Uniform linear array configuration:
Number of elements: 16
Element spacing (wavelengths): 0.5
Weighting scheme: hamming
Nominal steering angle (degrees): -45
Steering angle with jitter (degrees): -43.76
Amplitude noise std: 0.05
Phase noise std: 0.05

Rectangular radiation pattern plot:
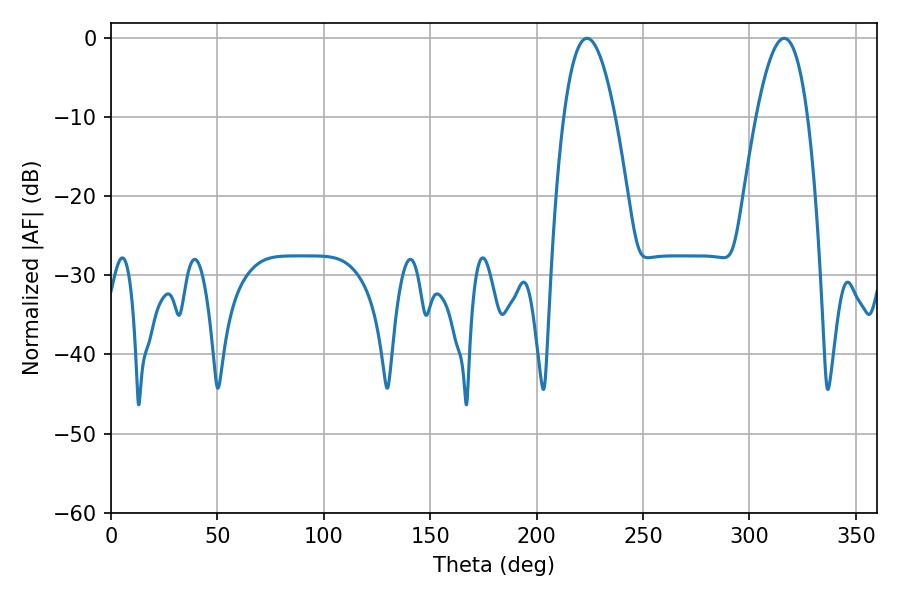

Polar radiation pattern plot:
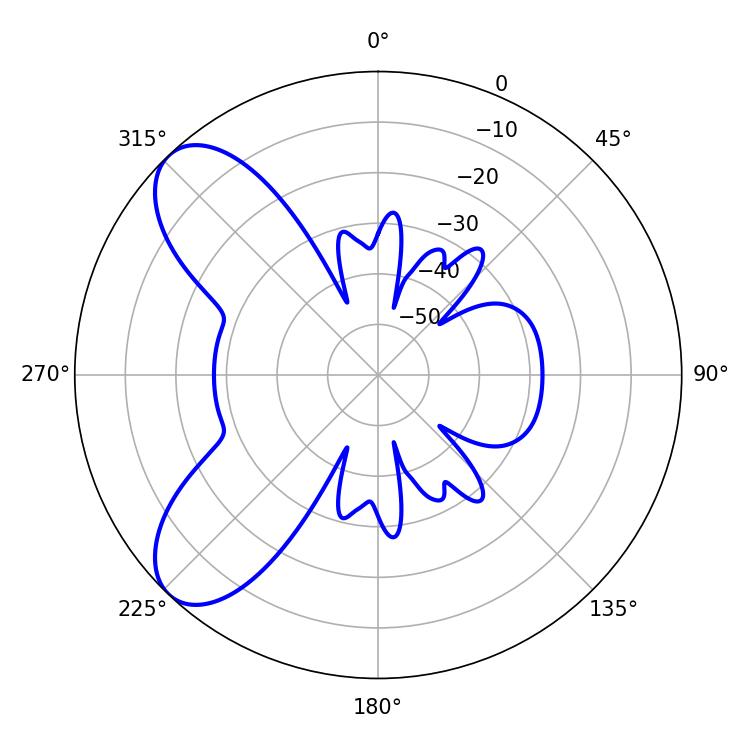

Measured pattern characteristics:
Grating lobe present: FALSE
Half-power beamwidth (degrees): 13.14
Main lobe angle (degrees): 223.74